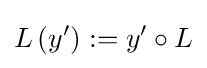
L\left(y^{\prime }\right):=y^{\prime }\circ L